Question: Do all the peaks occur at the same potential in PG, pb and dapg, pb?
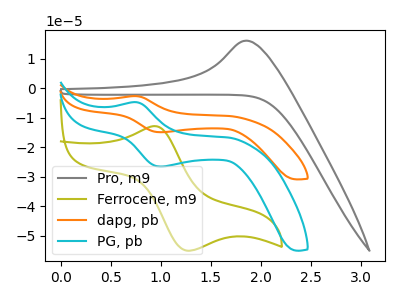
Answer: <think>The gray curve "Pro, m9" has an anodic peak at: (1.85V, 16.15uA). The olive curve "Ferrocene, m9" has an anodic peak at (0.95V, -12.80uA) and a cathodic peak at (1.25V, -54.95uA). The orange curve "dapg, pb" has an anodic peak at (0.75V, -2.60uA) and a cathodic peak at (1.00V, -14.85uA). The cyan curve "PG, pb" has an anodic peak at (0.75V, -4.65uA) and a cathodic peak at (1.00V, -26.50uA).</think>
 <answer>Yes, "PG, pb" have a peak in "dapg, pb" at the same potential.</answer>
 <eval>match</eval>